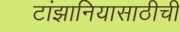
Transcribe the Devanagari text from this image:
टांझानियासाठीची